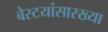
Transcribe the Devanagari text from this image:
बेस्टयांसारख्या